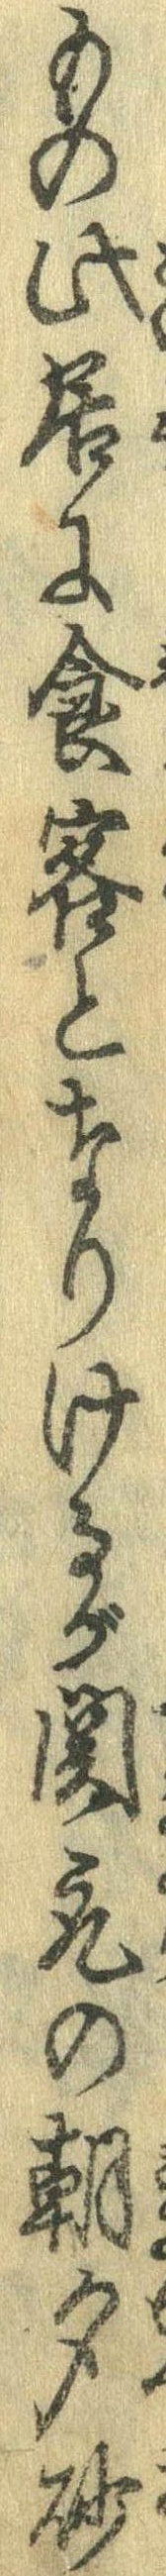
もの此居に食客となりけるが関取の朝夕砂